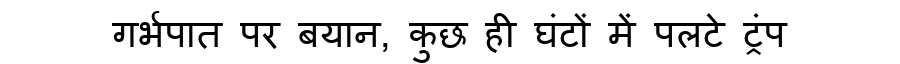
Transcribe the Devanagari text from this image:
गर्भपात पर बयान, कुछ ही घंटों में पलटे ट्रंप